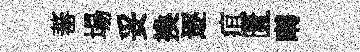
蕃場妥換逐疽匱囀